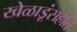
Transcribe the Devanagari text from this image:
खेळाडूंसहीत